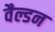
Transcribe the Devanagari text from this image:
वैल्डन